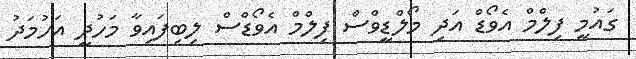
ގައުމީ ފިލްމް އެވޯޑް އަދި މޯލްޑީވްސް ފިލްމް އެވޯޑްސް ލިބިފައިވާ މަހުދީ އަހުމަދު